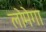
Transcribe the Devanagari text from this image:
लोमेगा